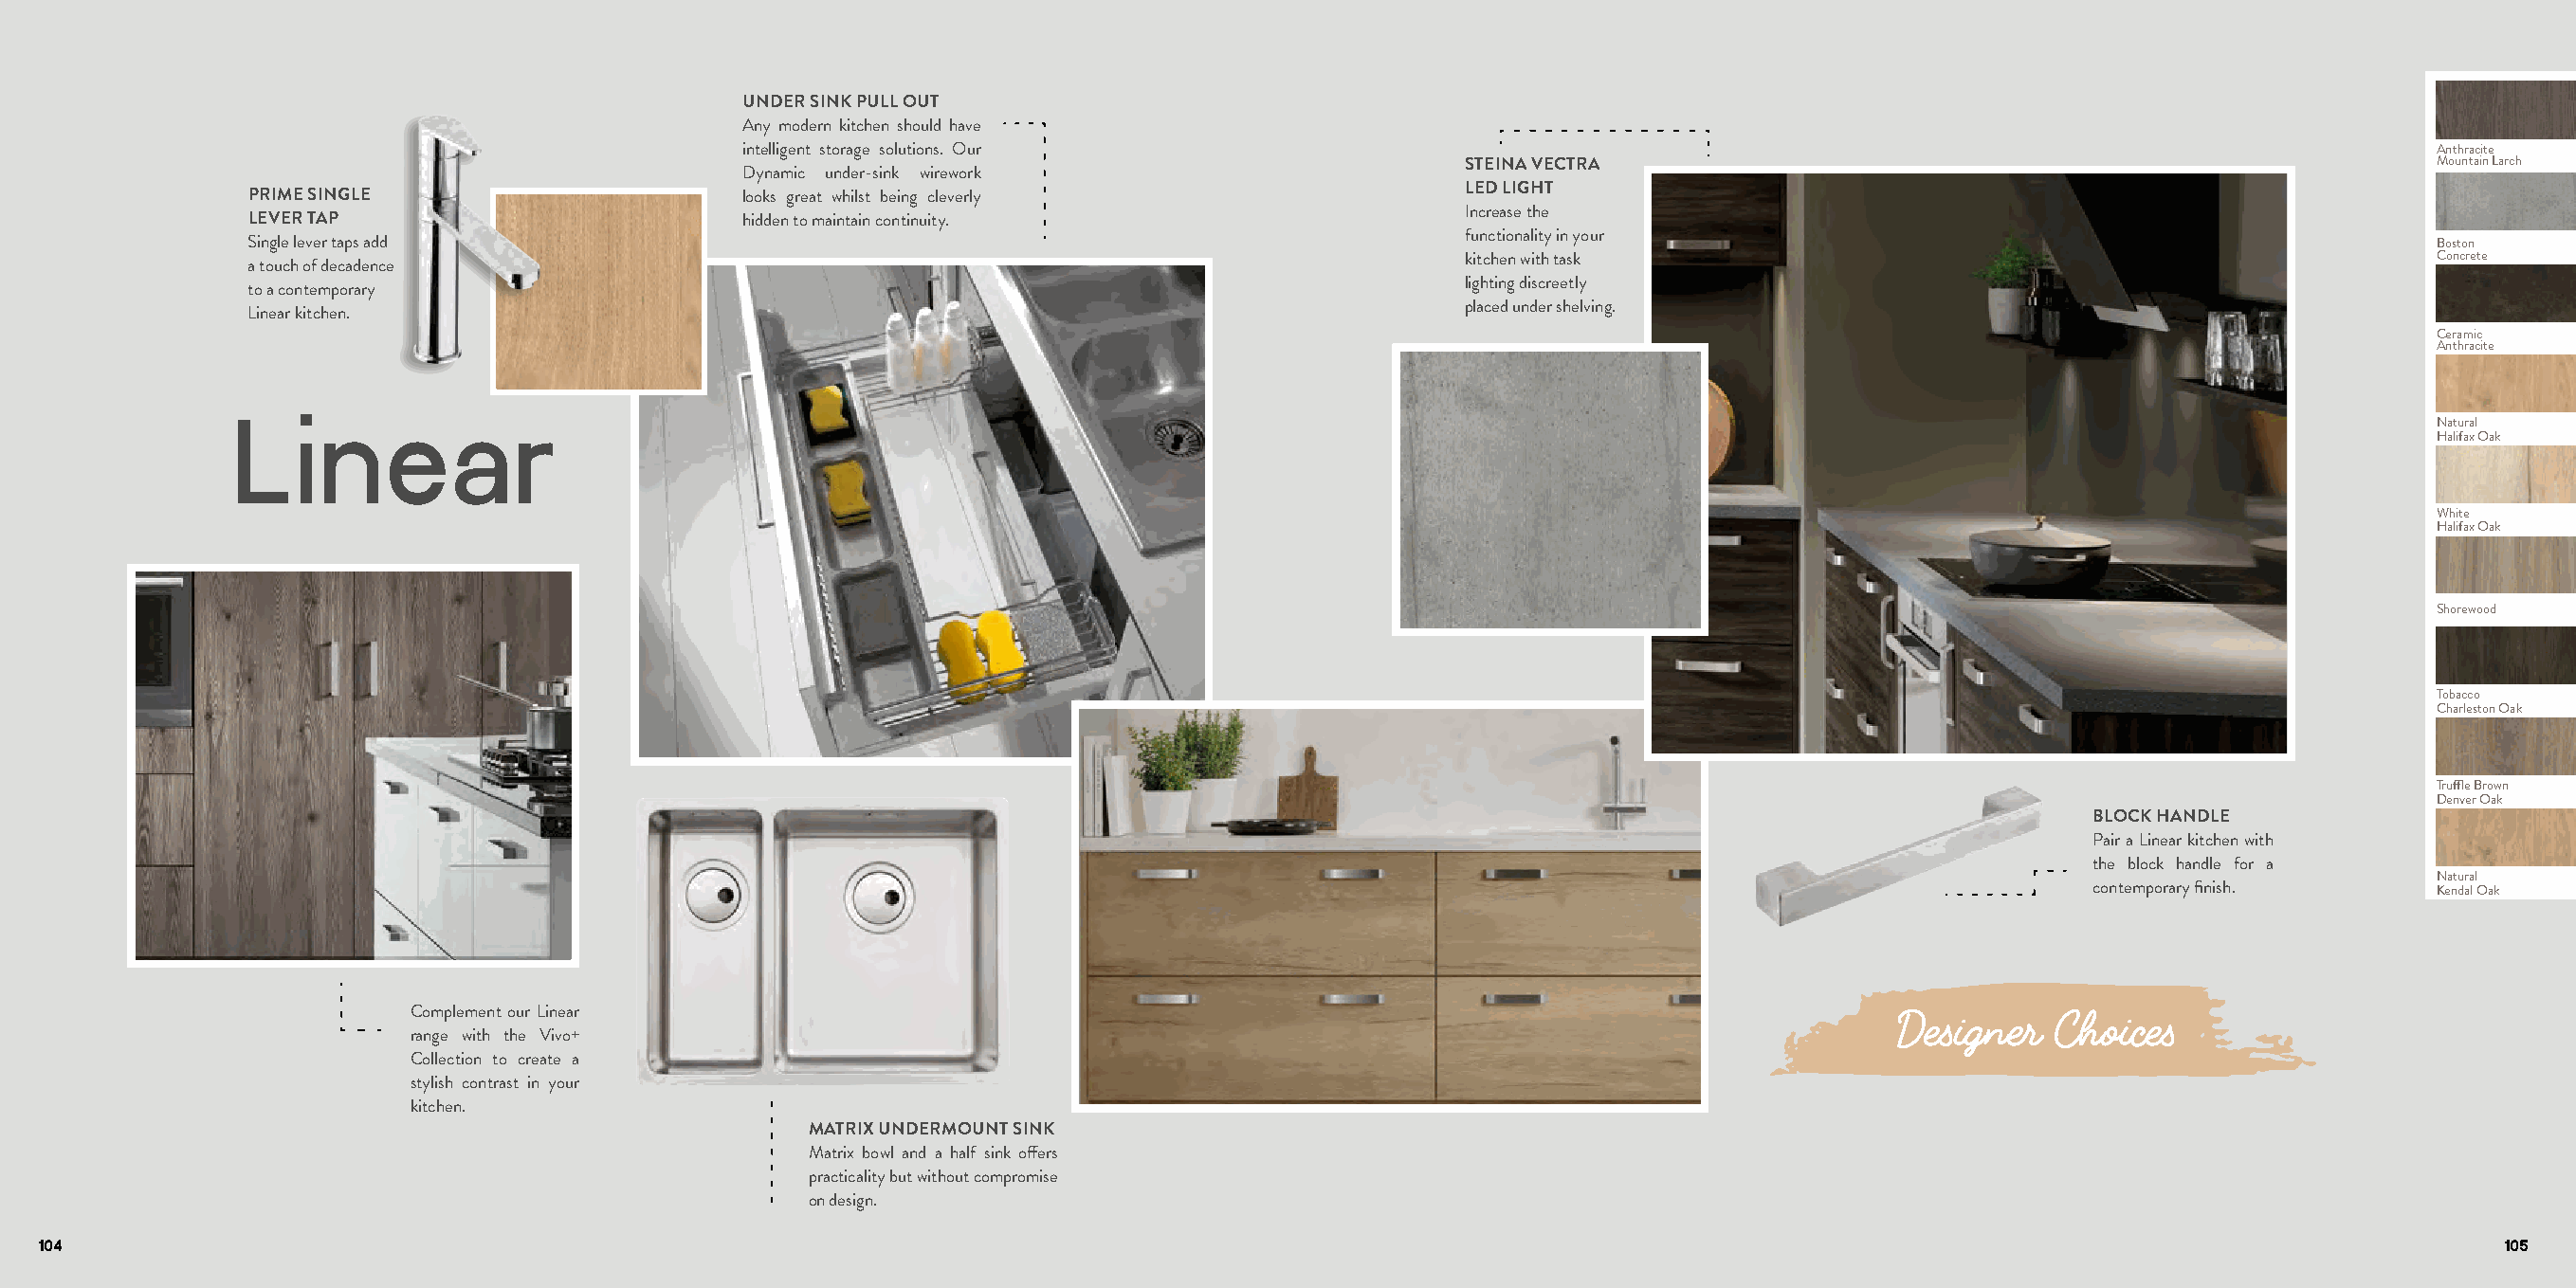
UNDER SINK PULL OUT
 Any modern kitchen should have
 intelligent storage solutions. Our                                                                                    Anthracite
 STEINA VECTRA                                                       Mountain Larch
 Dynamic under-sink wirework
 LED LIGHT
 PRIME SINGLE                       looks great whilst being cleverly
 Increase the
 LEVER TAP                          hidden to maintain continuity.
 functionality in your
 Single lever taps add                                                                                                                                    Boston
 kitchen with task                                                   Concrete
 a touch of decadence
 lighting discreetly
 to a contemporary
 placed under shelving.
 Linear kitchen.
 Ceramic
 Anthracite
 Linear                                                                                                                                                   Natural
 Halifax Oak
 White
 Halifax Oak
 Shorewood
 Tobacco
 Charleston Oak
 Truffle Brown
 Denver Oak
 BLOCK HANDLE
 Pair a Linear kitchen with
 the block handle for a
 Natural
 contemporary finish.    Kendal Oak
 Complement our Linear
 Designer   Choices
 range with the Vivo+
 Collection to create a
 stylish contrast in your
 kitchen.
 MATRIX UNDERMOUNT SINK
 Matrix bowl and a half sink offers
 practicality but without compromise
 on design.
 104                                                                                                                                                                         105